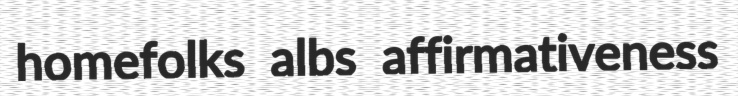
homefolks albs affirmativeness